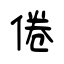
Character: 倦